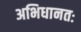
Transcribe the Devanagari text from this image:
अभिधानतः